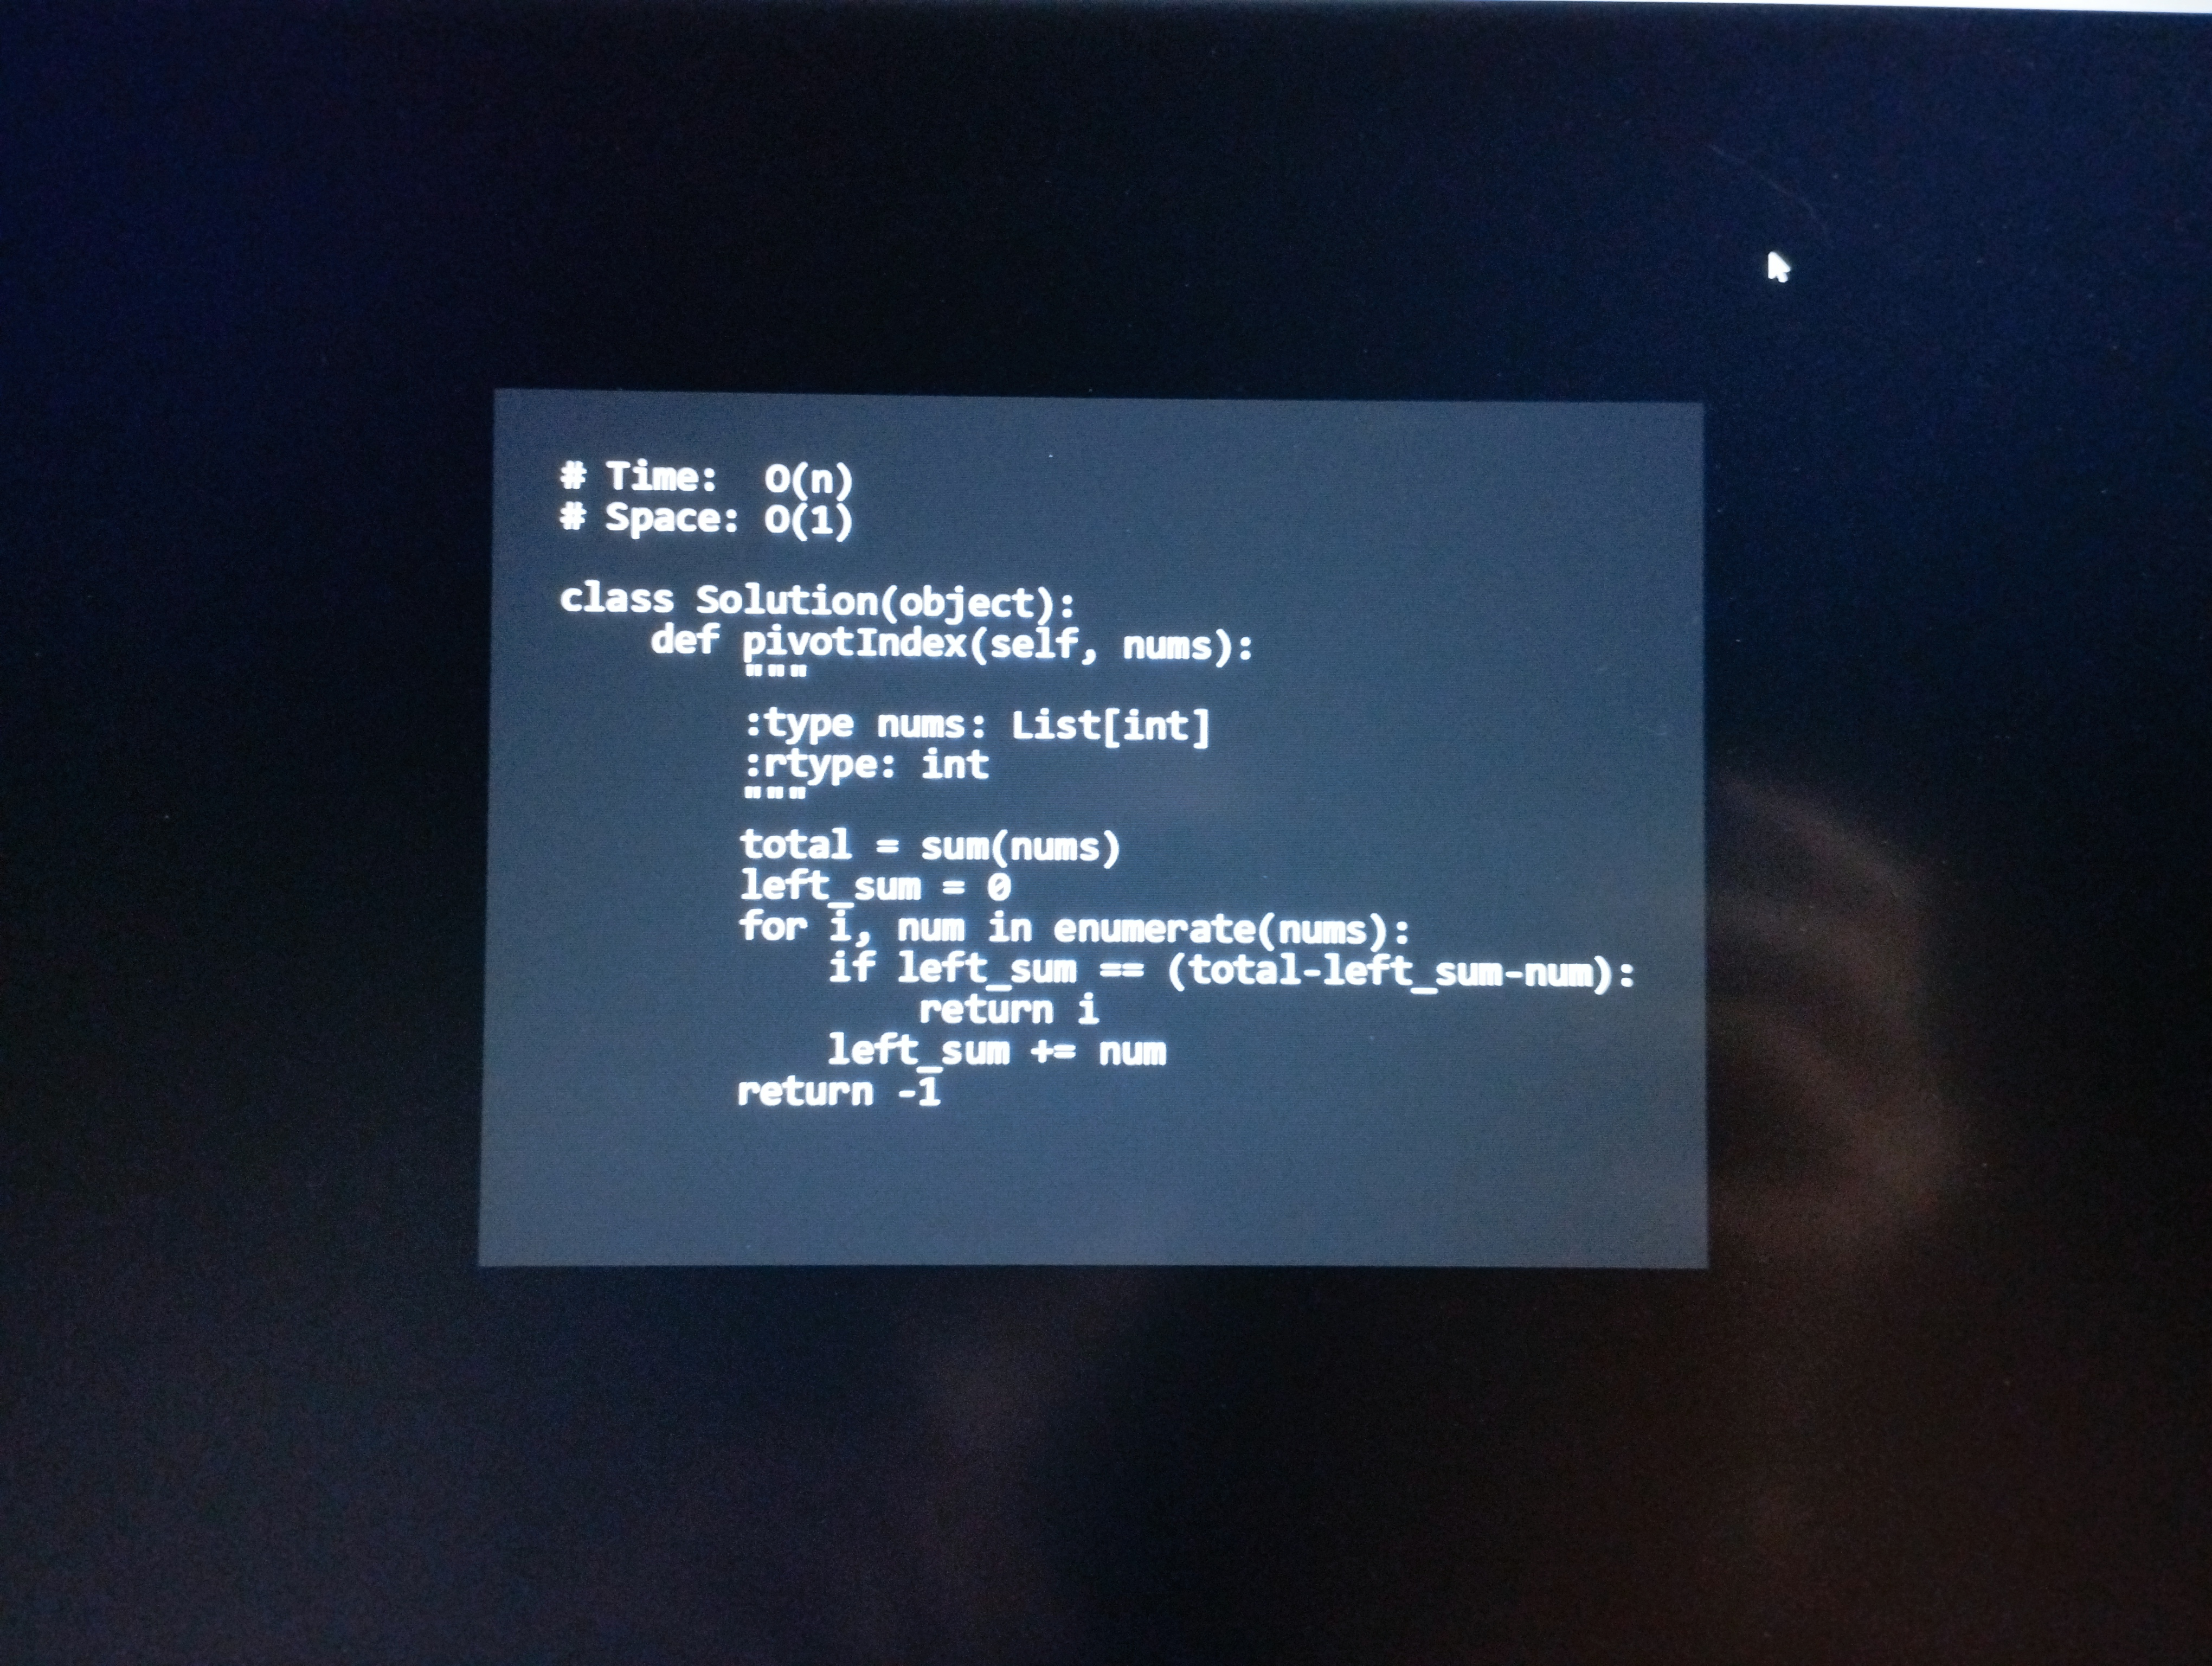
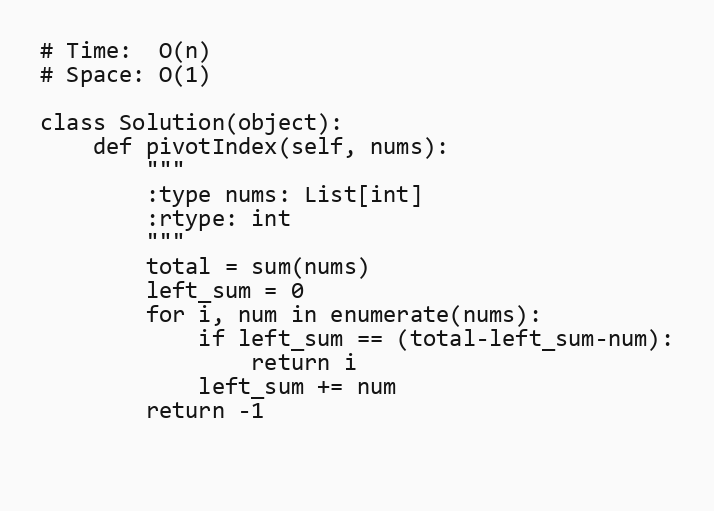
# Time:  O(n)
# Space: O(1)

class Solution(object):
    def pivotIndex(self, nums):
        """
        :type nums: List[int]
        :rtype: int
        """
        total = sum(nums)
        left_sum = 0
        for i, num in enumerate(nums):
            if left_sum == (total-left_sum-num):
                return i
            left_sum += num
        return -1